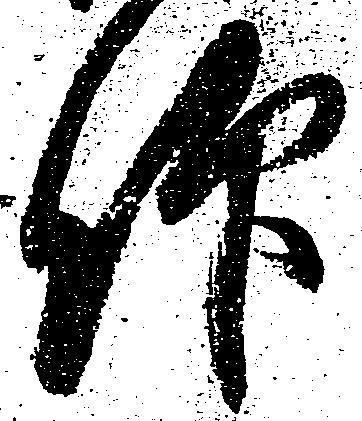
仰